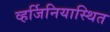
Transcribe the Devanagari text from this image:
व्हर्जिनियास्थित